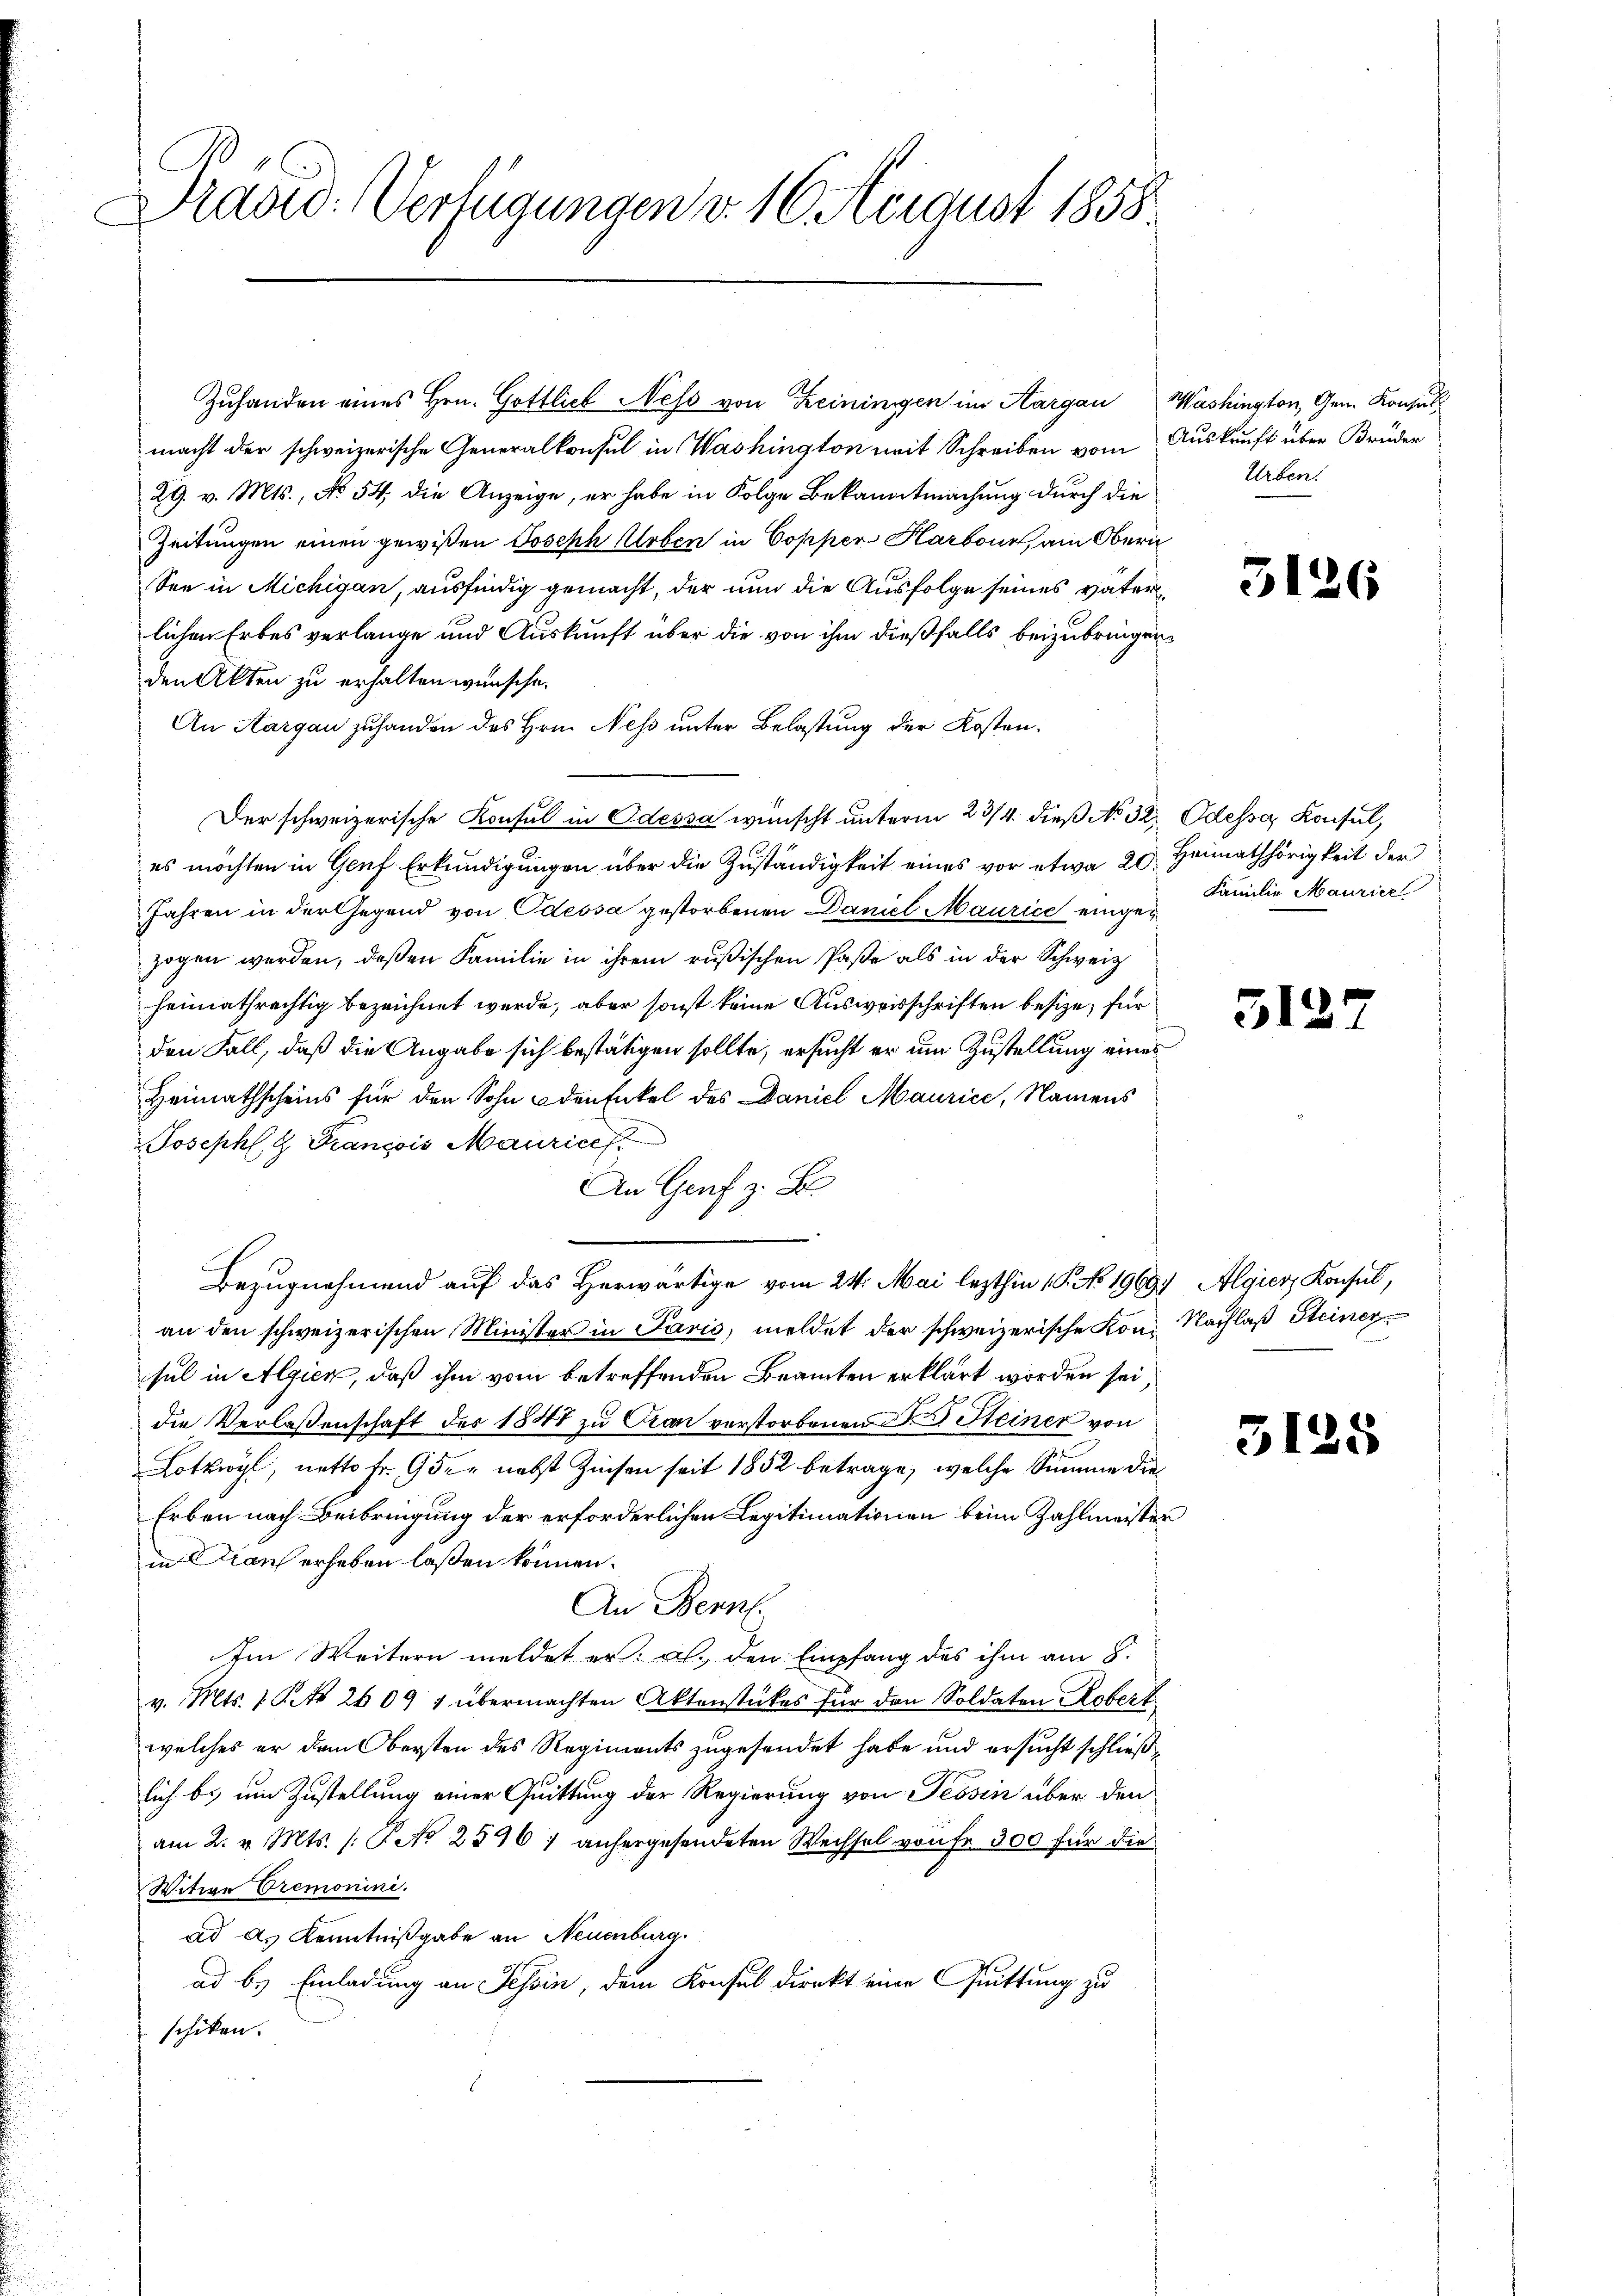
Prasio: Verfügungen v. 16. August 1858

macht der schweizerische Generalkonsul in Washington mit Schreiben vom Auskunft über Brüder
29. v. Mts., No 54; die Anzeige, er habe in Folge Bekanntmachung durch die
Zeitungen einen gewißen Joseph Arben in Copper Harbour, am Oberi
See in Michigan, ausfindig gemacht, der nun die Ausfolge seines vater
lichen Erbes verlange und Auskunft über die von ihm dießfalls beizubringen
den Akten zu erhalten wünsche.
An Aargau zuhanden des Hrn. Ness unter Belastung der Kosten.
Der schweizerische Konsul in Odessa wünscht unterm 23/4. dieß No. 32. Odesser Konsul,
es möchten in Genf Erkundigungen über die Zuständigkeit eines vor etwa 20. Heimathörigkeit der
Jahren in der Gegend von Odessa gestorbenen Daniel Maurice eingezogen werden, deßen Familie in ihrem rußischen Paße als in der Schweiz
heimathrechtig bezeichnet werde, aber sonst keine Ausweisschriften besize; für
den Fall, daß die Angabe sich bestätigen sollte, ersucht er um Zustellung eines
Heimathscheins für den Sohn den Enkel des Daniel Maurice, Namens
Joseph François Maurices
An Graf z. B.
Bezugnahmend auf das Herwärtige vom 24. Mai lezthin 1. No 1969 Algier, Konsul,
an den schweizerischen Minister in Paris, meldet der schweizerische Kon. Nachlaß Steiner
sul in Algien, daß ihm vom betreffenden Beamten erklärt worden sei,
die Verlassenschaft der 1848 zu Cran verstorbenen Dr E. Steiner von
Lotzwyl, netto Fr. 9 der nebst Zinsen seit 1852 betrage, welche Summe die
Erben nach Beibringung der erforderlichen Legitimationen beim Zahlmeister
in Drauf erheben laßen können.
An Bern.
Im Weitern meldet er als den Empfang des ihm am 8.
v. Mts. 1 Pkt. 26091 übermachten Aktenstückes für den Soldaten Robert
welches er dem Obersten des Regiments zugesendet habe und ersucht schließlich bis um Zustellung einer Quittung der Regierung von Tessin über den
am 2. v. Mts. /: No 2596 ; anhergesendeten Wechsel von Fr. 300 für die
Witwe Cremonini.
ad ds Kenntnißgabe an Neuenburg.
ad b. Einladung an Tessin, dem Konsul Direkt eine Quittung zu
schiken.

Zuhanden eines Hrn. Gottlich Ness von Reiningen im Aargau Washington, Gem. Konsul

Urben.

3126

Familie Maurier

513.

3125